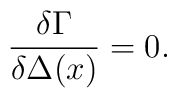
\frac{\delta \Gamma}{\delta \Delta(x)}=0.